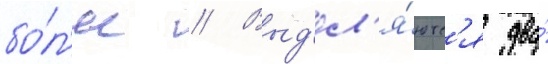
бо́л'ее // Выд'ел'я́ютс'я два́